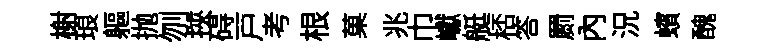
榭琅軀抛刎挾碍戸考根菓兆巾巘艇桮答罽内況蠙醜